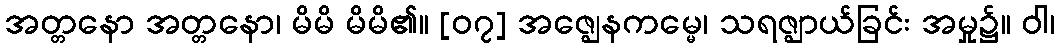
အတ္တနော အတ္တနော၊ မိမိ မိမိ၏။ [၀၇] အဇ္ဈေနကမ္မေ၊ သရဇ္ဈာယ်ခြင်း အမှု၌။ ဝါ၊